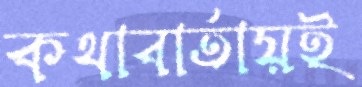
কথাবার্তায়ই